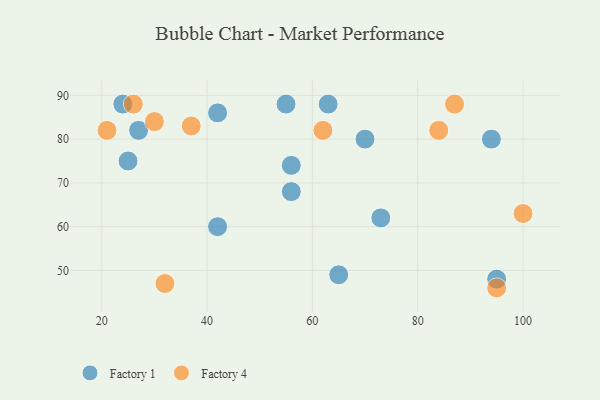
{"axis": {"x": "GDP", "y": "Life Expectancy"}, "legend": ["Factory 1", "Factory 4"], "data": [{"x": "73", "y": 62, "type": "Factory 1"}, {"x": "42", "y": 86, "type": "Factory 1"}, {"x": "27", "y": 82, "type": "Factory 1"}, {"x": "63", "y": 88, "type": "Factory 1"}, {"x": "94", "y": 80, "type": "Factory 1"}, {"x": "24", "y": 88, "type": "Factory 1"}, {"x": "56", "y": 74, "type": "Factory 1"}, {"x": "70", "y": 80, "type": "Factory 1"}, {"x": "56", "y": 68, "type": "Factory 1"}, {"x": "42", "y": 60, "type": "Factory 1"}, {"x": "25", "y": 75, "type": "Factory 1"}, {"x": "95", "y": 48, "type": "Factory 1"}, {"x": "65", "y": 49, "type": "Factory 1"}, {"x": "55", "y": 88, "type": "Factory 1"}, {"x": "21", "y": 82, "type": "Factory 4"}, {"x": "26", "y": 88, "type": "Factory 4"}, {"x": "30", "y": 84, "type": "Factory 4"}, {"x": "62", "y": 82, "type": "Factory 4"}, {"x": "87", "y": 88, "type": "Factory 4"}, {"x": "32", "y": 47, "type": "Factory 4"}, {"x": "37", "y": 83, "type": "Factory 4"}, {"x": "95", "y": 46, "type": "Factory 4"}, {"x": "84", "y": 82, "type": "Factory 4"}, {"x": "100", "y": 63, "type": "Factory 4"}]}